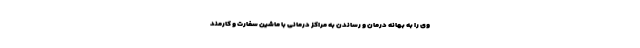
وی را به بهانه درمان و رساندن به مراکز درمانی با ماشین سفارت و کارمند